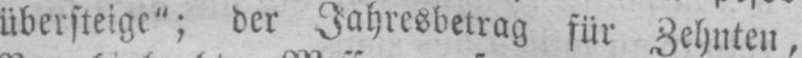
übersteige”; der Jahresbetrag für Zehnten,